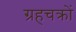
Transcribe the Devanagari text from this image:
ग्रहचक्रों